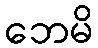
ဘေမိ